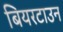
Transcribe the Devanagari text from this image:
बियरटाउन